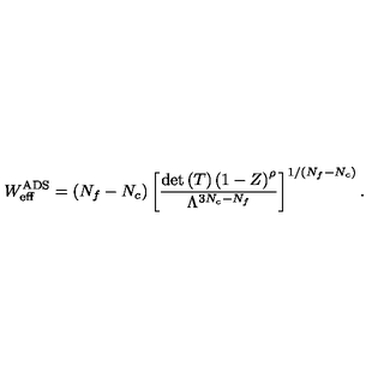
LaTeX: W _ { \mathrm { e f f } } ^ { \mathrm { A D S } } = ( N _ { f } - N _ { c } ) \left[ \frac { \mathrm { d e t } \left( T \right) \left( 1 - Z \right) ^ { \rho } } { \Lambda ^ { 3 N _ { c } - N _ { f } } } \right] ^ { 1 / ( N _ { f } - N _ { c } ) } .